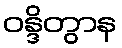
ဝန္ဒိတွာန